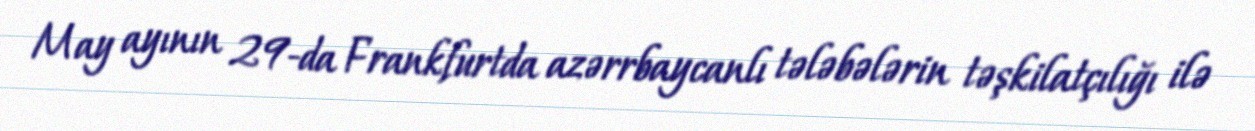
May ayının 29-da Frankfurtda azərrbaycanlı tələbələrin təşkilatçılığı ilə